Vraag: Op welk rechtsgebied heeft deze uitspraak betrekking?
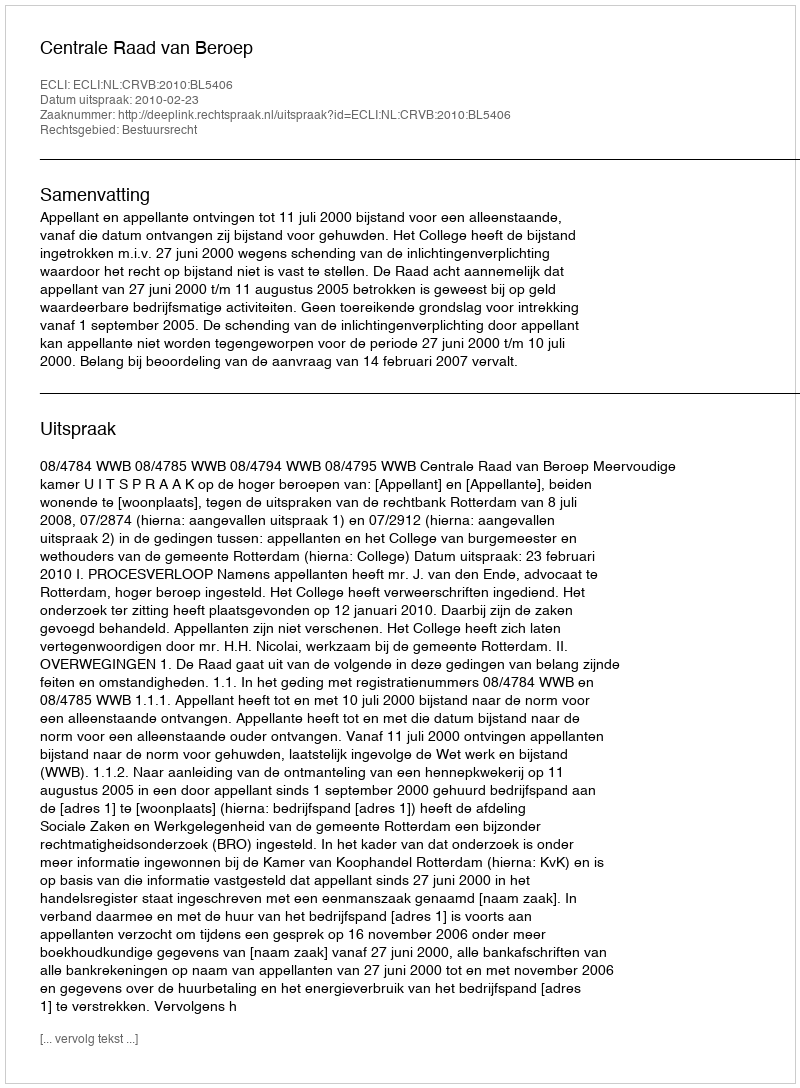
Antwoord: Bestuursrecht